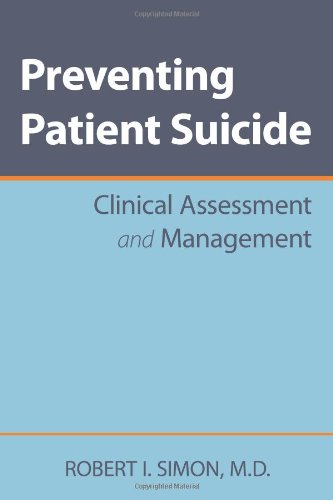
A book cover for Preventing Patient Suicide: Clinical Assessment and Management; Robert I. Simon; Self-Help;